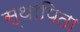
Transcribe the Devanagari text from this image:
स्थापिता